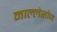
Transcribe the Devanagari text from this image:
माल्लेसोन